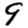
Digit: 9